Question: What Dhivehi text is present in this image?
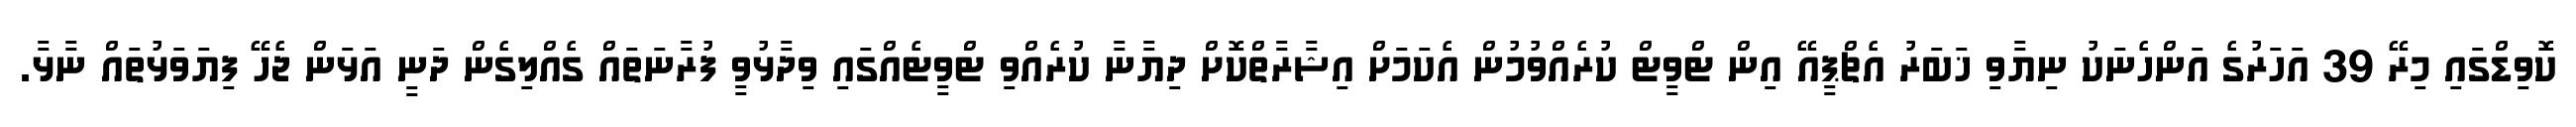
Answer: ކޮވިޑްގައި މިރޭ 39 އަހަރުގެ އަންހެނަކު ނިޔާވި ޚަބަރު އެޗްޕީއޭ އިން ޓްވީޓް ކުރެއްވުމުން އެކަމަށް އިޝާރާތްކޮށް ދިޔާނާ ކުރެއްވި ޓްވީޓެއްގައި ވިދާޅުވީ ފުރާނަތައް ގެއްލިގެން ދަނީ އަޅަން ޖެހޭ ފިޔަވަޅުތައް ނާޅާ.